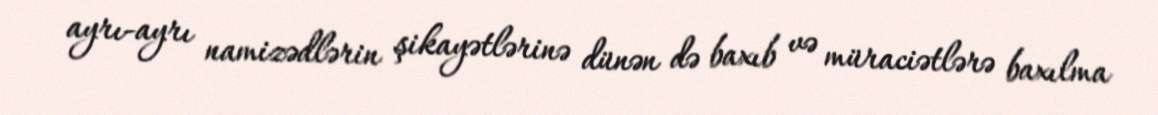
ayrı-ayrı namizədlərin şikayətlərinə dünən də baxıb və müraciətlərə baxılma